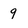
Character: 9